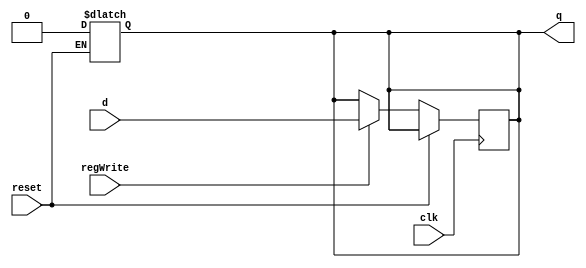



//The Dff_Reg will be used for making the pipeline registers

module Dff_Reg(input clk, input reset, input regWrite, input d, output reg q);
    //WRITE YOUR CODE HERE, NO NEED TO DEFINE NEW VARIABLES
    always @(posedge clk) begin
        if (reset == 1'b0) begin
            if (regWrite == 1'b1)
                q <= d;
        end
    end

    always @(reset) begin
        if (reset == 1'b1)
            q <= 0;
    end

endmodule